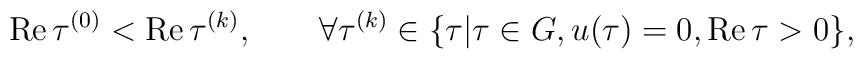
{\rm Re}\, \tau^{(0)}< {\rm Re}\, \tau^{(k)},\qquad \forall\tau^{(k)}\in \{\tau|\tau\in G, u(\tau)=0, {\rm Re}\, \tau>0\},